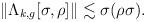
LaTeX: \begin{align*}\|\Lambda_{k,g}[\sigma,\rho]\| \lesssim \sigma (\rho \sigma). \end{align*}